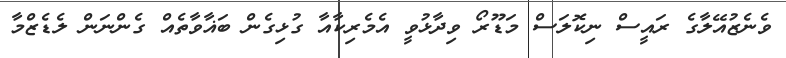
ވެނެޒުއޭލާގެ ރައީސް ނިކޮލަސް މަޑޫރޯ ވިދާޅުވީ އެމެރިކާއާ ގުޅިގެން ބަޣާވާތެއް ގެންނަން ލެޑެޒްމާ